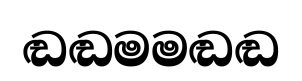
ඬඬමමඬඬ